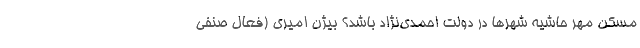
مسکن مهرِ حاشیه شهرها در دولت احمدی‌نژاد باشد؟ بیژن امیری (فعال صنفی